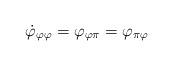
LaTeX: \begin{align*}\dot\varphi_{\varphi\varphi}=\varphi_{\varphi\pi}=\varphi_{\pi\varphi}\end{align*}